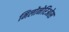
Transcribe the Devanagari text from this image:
मिलोनेरिओस